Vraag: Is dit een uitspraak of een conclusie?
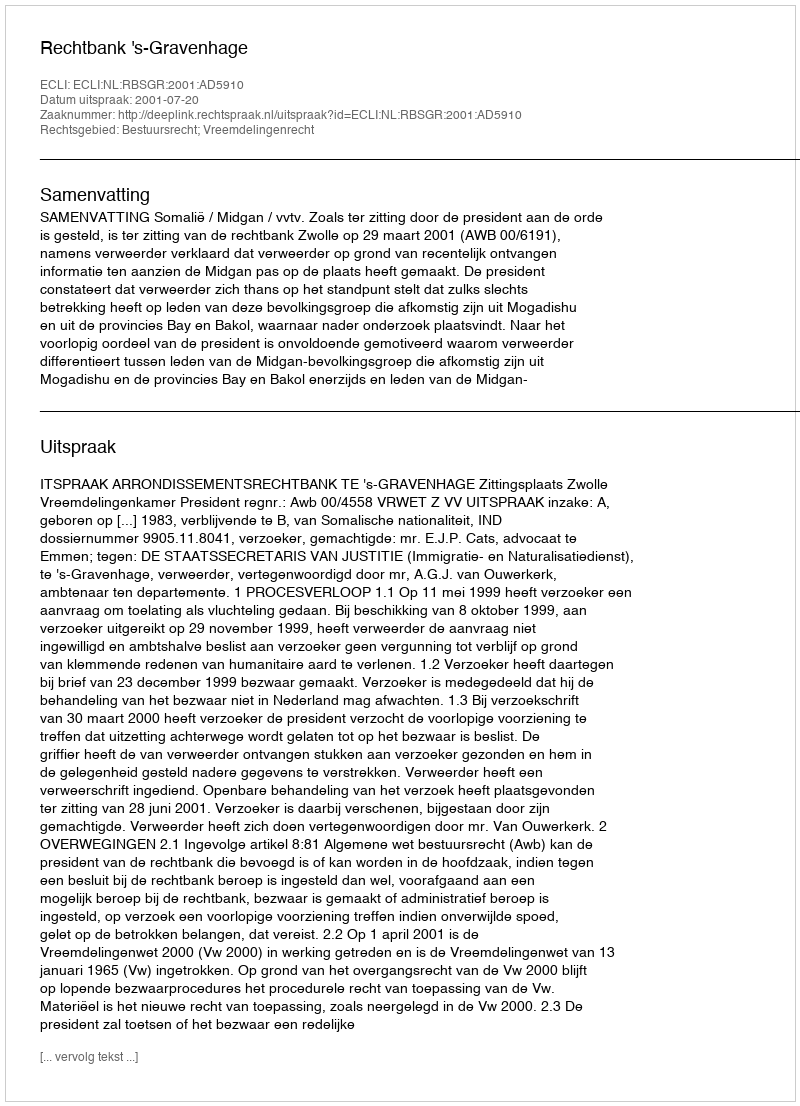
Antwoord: Uitspraak